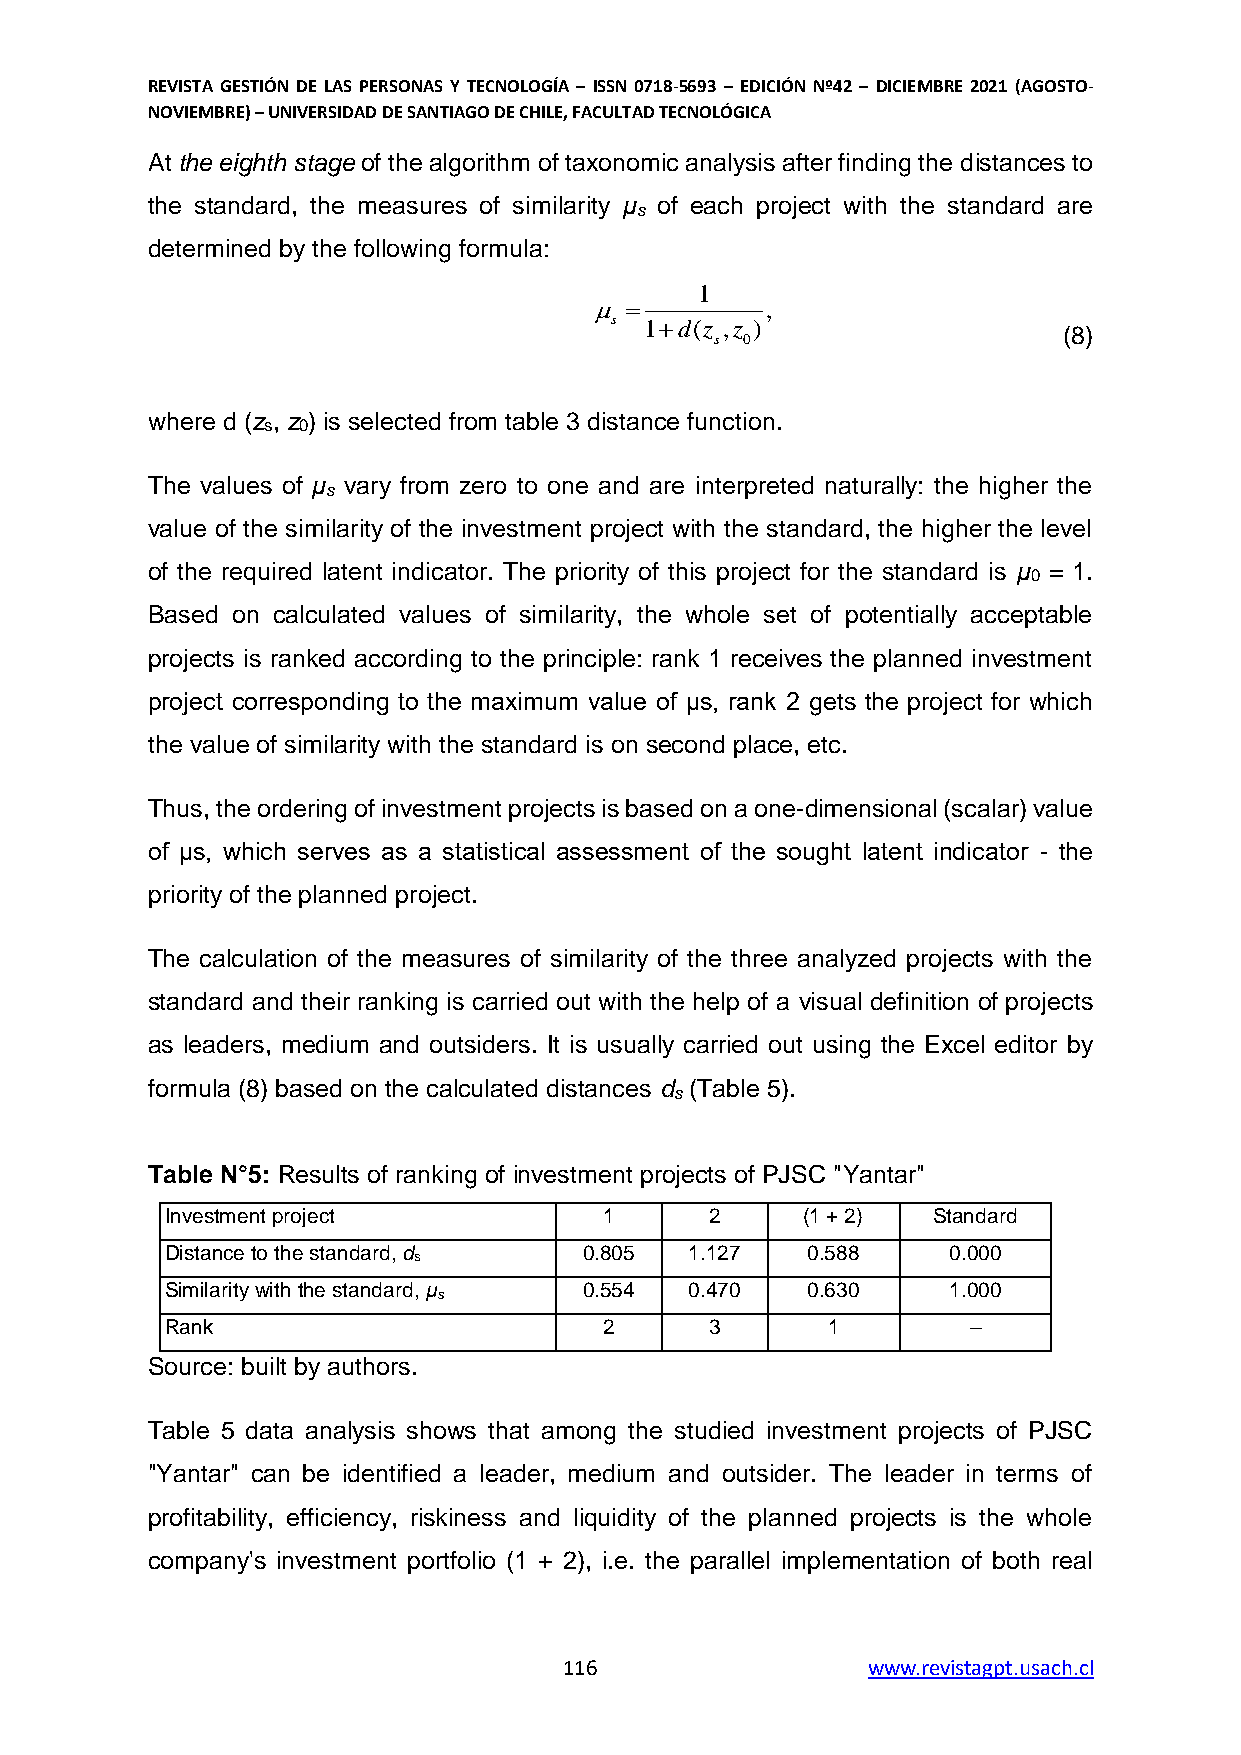
REVISTA GESTIÓN DE LAS PERSONAS Y TECNOLOGÍA – ISSN 0718-5693 – EDICIÓN Nº42 – DICIEMBRE 2021 (AGOSTO-
 NOVIEMBRE) – UNIVERSIDAD DE SANTIAGO DE CHILE, FACULTAD TECNOLÓGICA
 At the eighth stage of the algorithm of taxonomic analysis after finding the distances to
 the standard, the measures of similarity μ of each project with the standard are
 s
 determined by the following formula:
 1
           ,
 s  1d(z ,z )                 (8)
 s 0
 where d (z , z ) is selected from table 3 distance function.
 s  0
 The values of μ vary from zero to one and are interpreted naturally: the higher the
 s
 value of the similarity of the investment project with the standard, the higher the level
 of the required latent indicator. The priority of this project for the standard is μ = 1.
 0
 Based on calculated values of similarity, the whole set of potentially acceptable
 projects is ranked according to the principle: rank 1 receives the planned investment
 project corresponding to the maximum value of μs, rank 2 gets the project for which
 the value of similarity with the standard is on second place, etc.
 Thus, the ordering of investment projects is based on a one-dimensional (scalar) value
 of μs, which serves as a statistical assessment of the sought latent indicator - the
 priority of the planned project.
 The calculation of the measures of similarity of the three analyzed projects with the
 standard and their ranking is carried out with the help of a visual definition of projects
 as leaders, medium and outsiders. It is usually carried out using the Excel editor by
 formula (8) based on the calculated distances d (Table 5).
 s
 Table N°5: Results of ranking of investment projects of PJSC "Yantar"
 Investment project           1      2     (1 + 2)  Standard
 Distance to the standard, d 0.805  1.127  0.588     0.000
 s
 Similarity with the standard, μ 0.554 0.470 0.630   1.000
 s
 Rank                         2      3       1        –
 Source: built by authors.
 Table 5 data analysis shows that among the studied investment projects of PJSC
 "Yantar" can be identified a leader, medium and outsider. The leader in terms of
 profitability, efficiency, riskiness and liquidity of the planned projects is the whole
 company's investment portfolio (1 + 2), i.e. the parallel implementation of both real
 116                 www.revistagpt.usach.cl